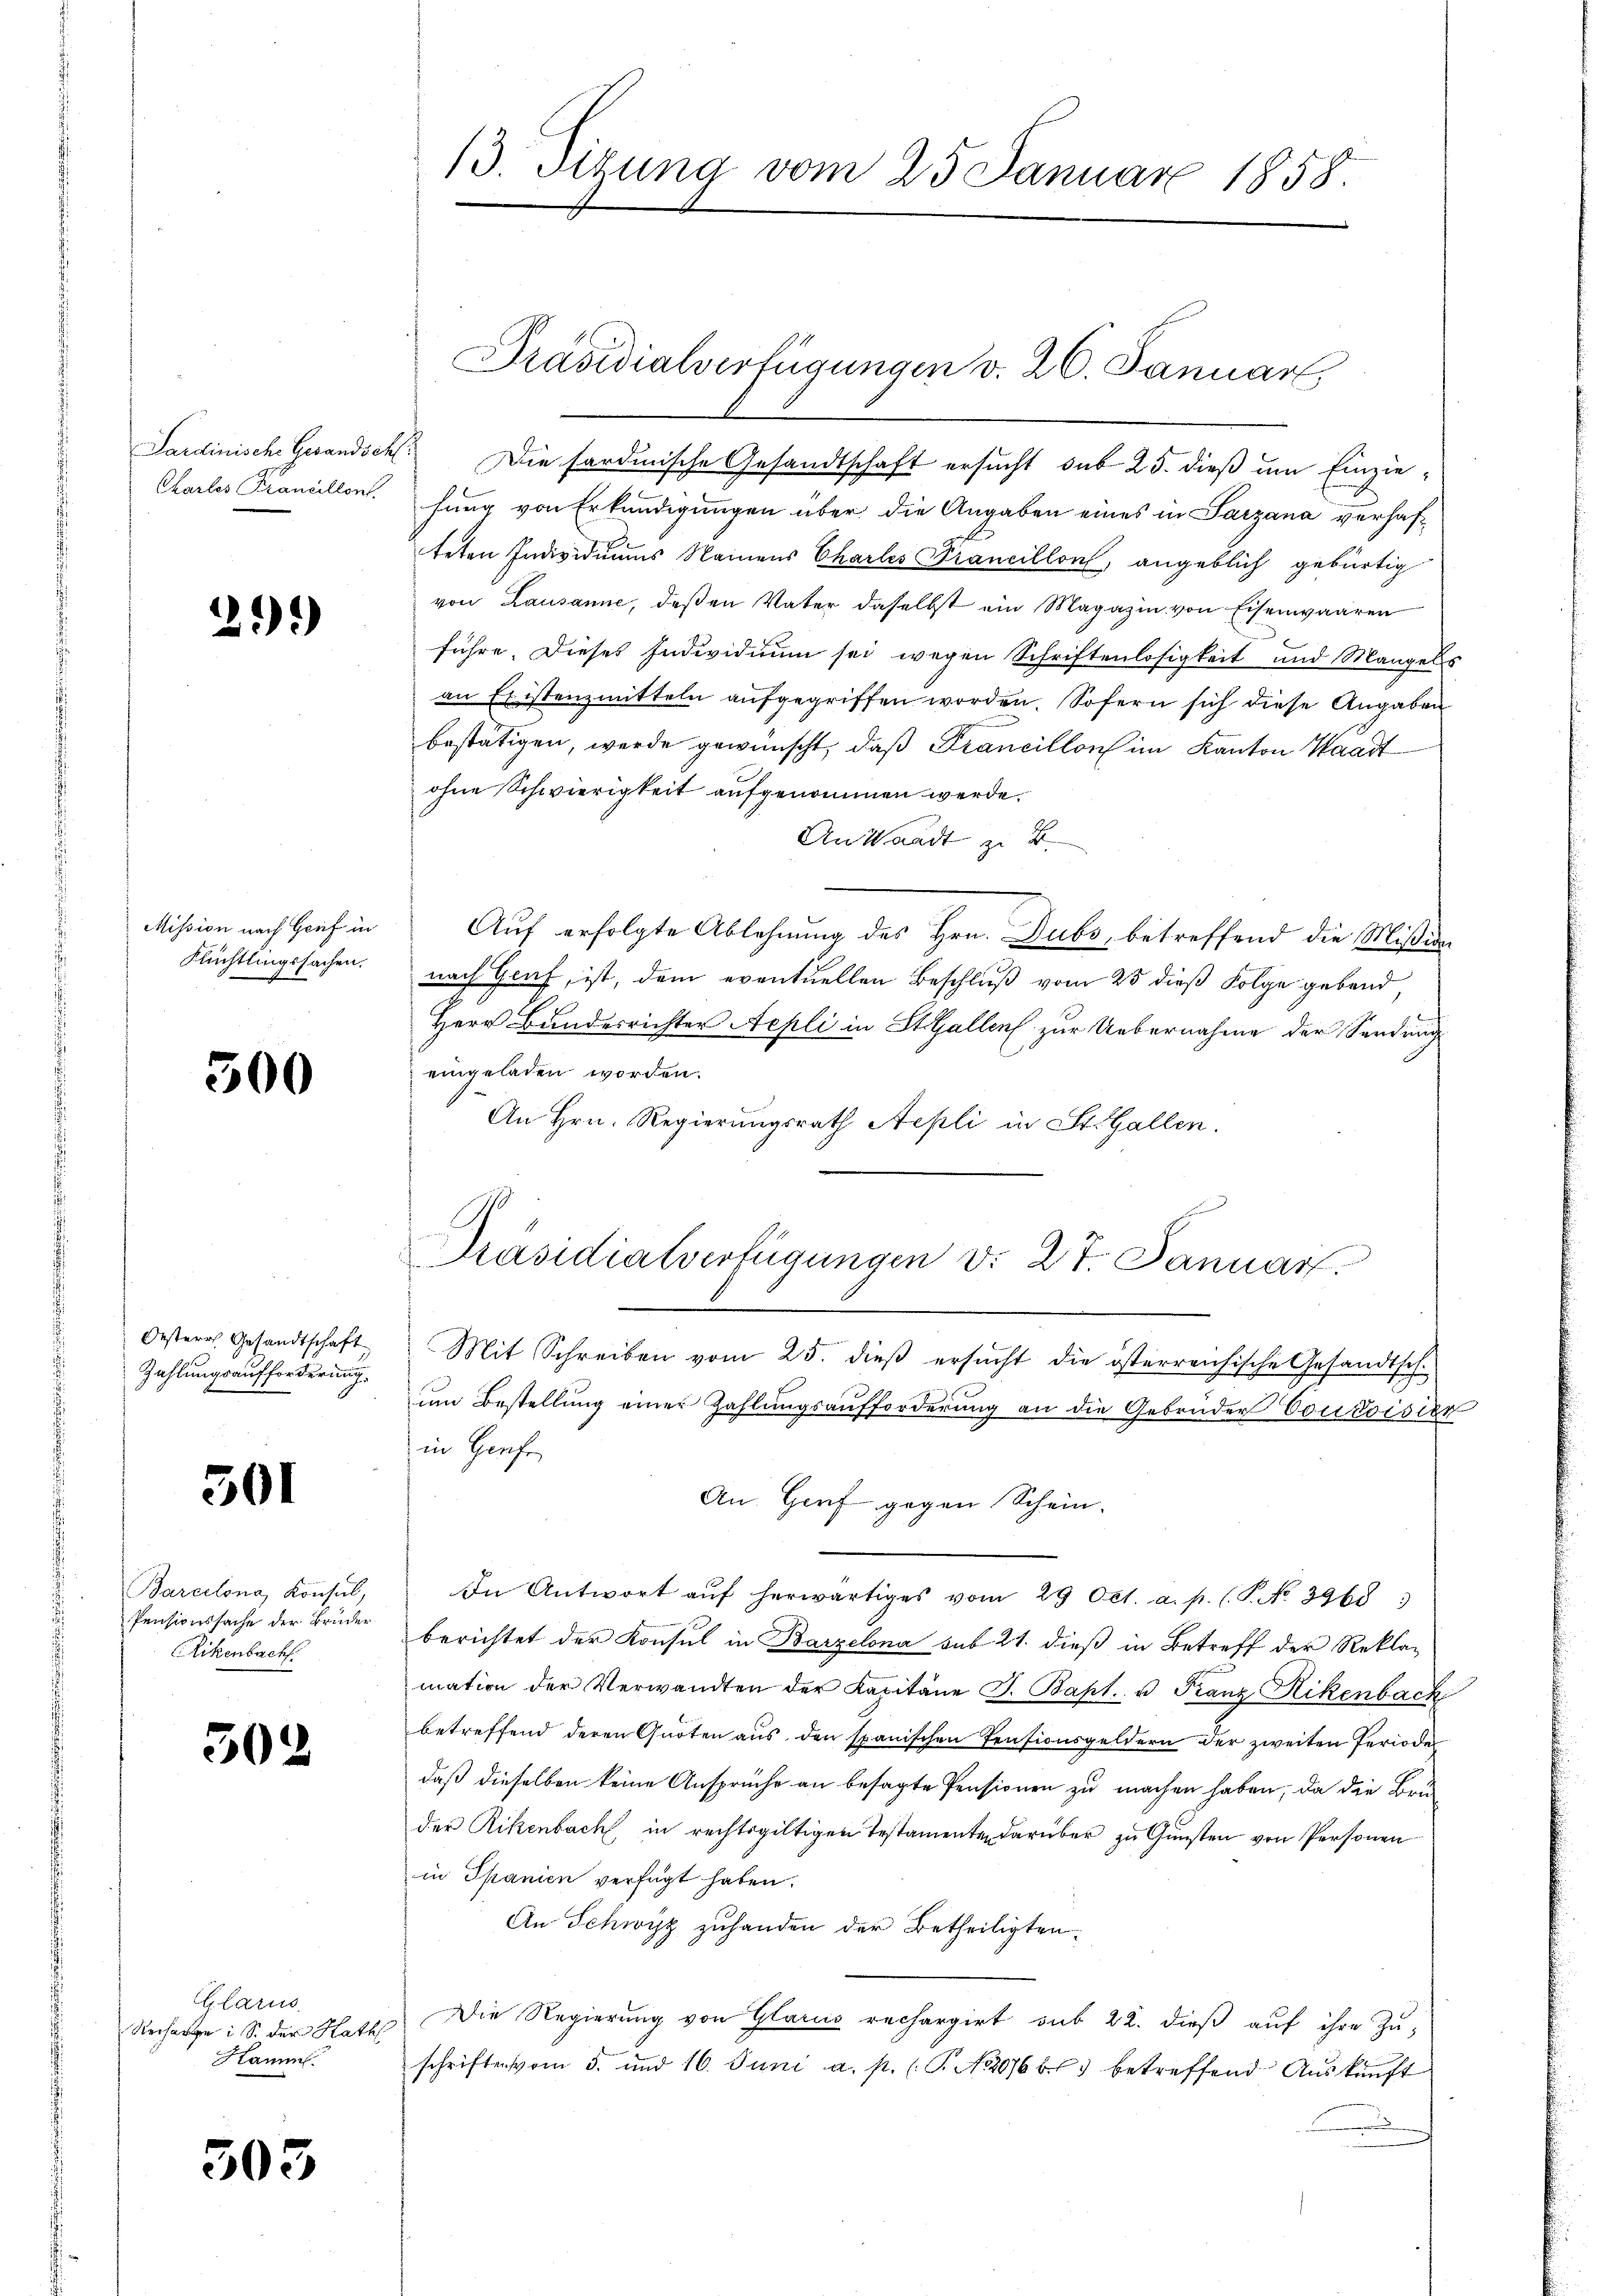
29)

Mission nach Genf in
Flüchtlingssachen.

300

Oester Gesandtschaft
Zahlungsaufforderung.

301

Barcelona, Konsul,
Pensionssache der Bruder
Rikenbach

502

Glarus
Recharge i S. der Rath
Kamm

503

Sardinische Gesandsch. Die sardinische Gesandtschaft ersucht sub 25. dieß um Einzie¬
Charlos Francellen fung von Erkundigungen über die Angaben eines in Sarzana verhafteten Individuums Namens Charles Prancillon, angeblich gebürtig
von Lausanne, deßen Vater daselbst ein Magazin von Eisenwaaren
führe. Dieses Individuum sei wegen Schriftenlosigkeit und Mangels
an Eristenzmitteln aufgegriffen worden. Sofern sich diese Angaben
bestätigen, werde gewünscht, daß Francillon im Kanton Waadt
ohne Schwierigkeit aufgenommen werde.
An Waadt z. B.
Auf erfolgte Ablehnung des Hrn. Dubs, betreffend die Mißion
nach Graf, ist, dem eventuellen Beschluß vom 25 dieß Folge gebend,
Herr Bundesrichter Aepli in St. Gallen zur Uebernahme der Sendung
eingeladen worden.
An Hrn. Regierungsrath Aepli in St. Gallen.
Präsidialverfügungen v. 27. Januar.

13. Dirung vom 25. Januar 1858.

Präsidialverfügungen v. 26. Januar

Mit Schreiben vom 25. dieß ersucht die österreichische Gesandtsch

zum Bestellung einer Zahlungsaufforderung an die Gebrüder Contoisier
in Grafe
An. Gorf gegen Schein.
In Antwort aŭf herwärtiges vom 29 Oct. a. p. (T. No. 3968
berichtet der Konsul in Barzelona sub 21. dieß in Betreff der Reklamation der Verwandten der Kapitäne J. Bapt. u Franz Rikenbach
betreffend deren Quoten aus den spanischen Pensionsgeldern der zweiten Periode
daß dieselben keine Ansprüche an besagte Pensionen zu machen haben, da die Bru-
der Rikenbach, in rechtsgültigen Testamente darüber zu Gunsten von Personen
in Spanien verfügt haben.
An Schwyz zuhanden der Betheiligten.
Die Regierung von Glarus rechargirt sub 22. dieß auf ihre Zuschriften vom 5. und 16. Juni a. p. (T. N. 2076 f.) betreffend Auskunft